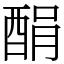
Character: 䣺